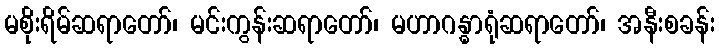
မစိုးရိမ်ဆရာတော်၊ မင်းကွန်းဆရာတော်၊ မဟာဂန္ဓာရုံဆရာတော်၊ အနီးစခန်း